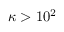
\kappa > 1 0 ^ { 2 }